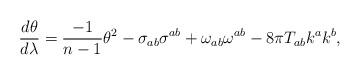
LaTeX: \begin{align*}{{d\theta}\over{d\lambda}} = {{{-1}\over{n-1}}{\theta^2}} - \sigma_{ab}\sigma^{ab} + \omega_{ab}\omega^{ab} - 8\pi T_{ab}k^{a}k^{b},\end{align*}